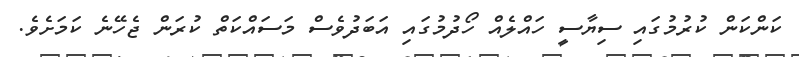
ކަންކަން ކުރުމުގައި ސިޔާސީ ހައްލެއް ހޯދުމުގައި އަބަދުވެސް މަސައްކަތް ކުރަން ޖެހޭނެ ކަމަށެވެ.